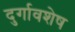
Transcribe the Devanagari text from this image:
दुर्गावशेष